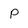
Character: P